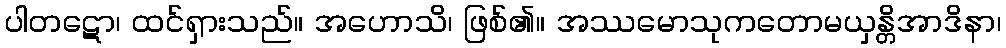
ပါတဋော၊ ထင်ရှားသည်။ အဟောသိ၊ ဖြစ်၏။ အဿမောသုကတောမယှန္တိအာဒိနာ၊